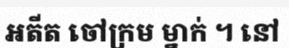
អតីត ចៅក្រម ម្នាក់ ។ នៅ